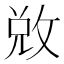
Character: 敚